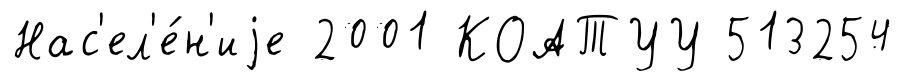
Нас'ел'е́н'иjе 2001 КОАТУУ 513254